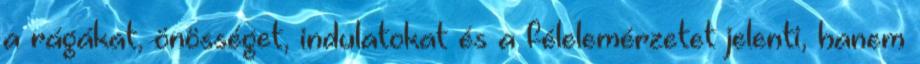
a rágákat, önösséget, indulatokat és a félelemérzetet jelenti, hanem